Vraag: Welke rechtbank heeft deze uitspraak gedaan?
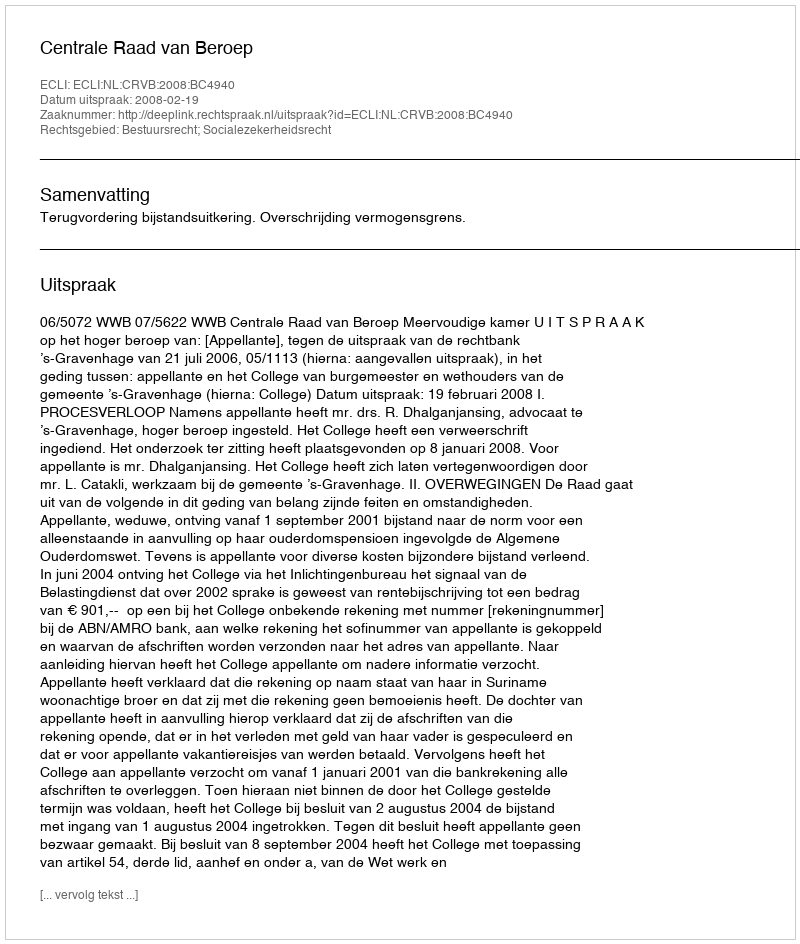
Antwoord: Centrale Raad van Beroep